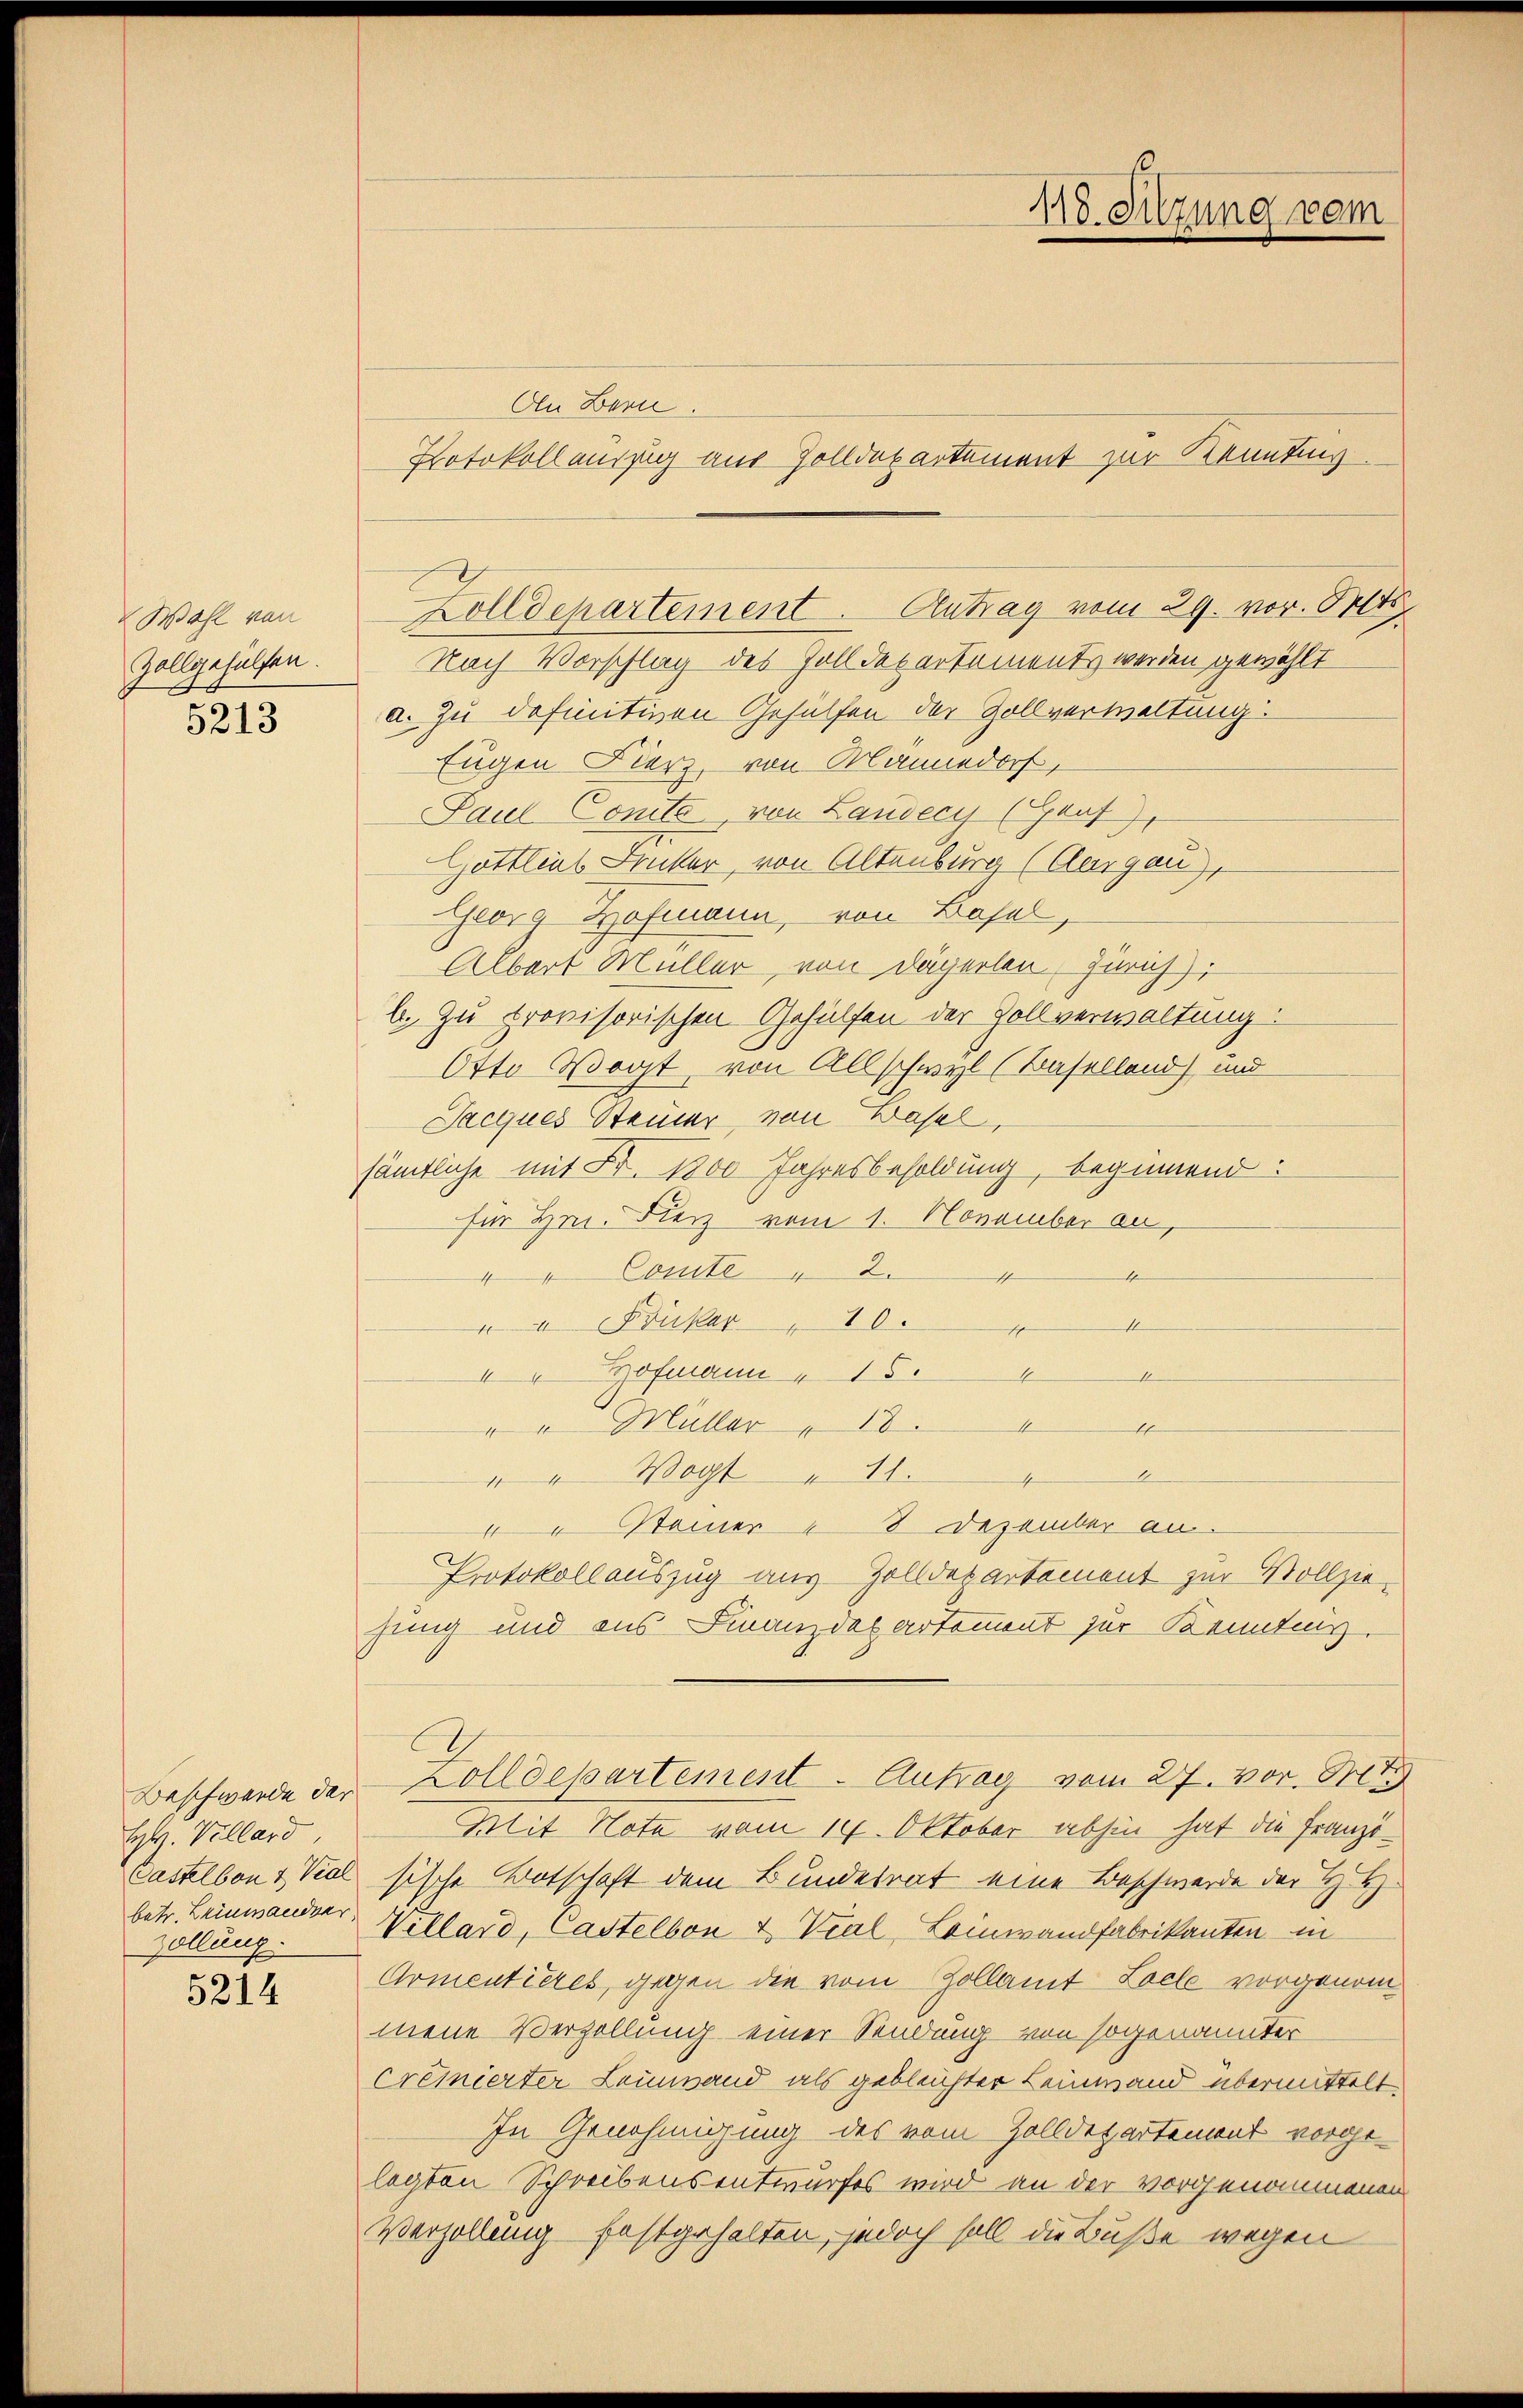
Wahl von
Zollgehülfen.
5213

Beschwerde der
H. Villard
Casselben & Vial
betr. Leinwandner,
Zollung.

5214

An Bern.

Nach Vorschlag des Zolldepartements werden gewählt
a. Zu definitiven Gehülfen der Zollverwaltung.
Eugen Fierz, von Mannedorf,
Paul Conto von Laudecy (Graf,
Gottlias Fricker, von Altenburg (Aargau),
Georg Hofmann, von Basel,
Albert Müller, von Dägerlen, Zürich),
b. Zu trovisorischen Gehülfen der Zollverwaltung.
Otto Vogt, von Allschwyl (Baselland) und
Jacques Steiner, von Basel,
sämtliche mit Fr. 1800 Jahresbesoldung, beginnend:
für Hrn. Fierz vom 1. November an,
4
4 Comite " 24
 I Brucker " 10.
e
4
" Hofmann  154
e
4
"  "  Müller " 18
s
4
" " Wogt" 11.
4
4 Steiner 8 Dezember an.
Protokollauszug aus Zolldepartement zur Vollziehung und aus Finanzdepartement zur Kennting.
Zolldepartement - Antrag vom 27. vor. Mit
Mit Note vom 14. Oktober abhin hat die Franzisische Botschaft dem Bundesrat eine Beschwerde der H. H.
Villard, Castellon & Vial-Leinwandfabrikanton in
Armentieres, gegen die vom Zollamt Loche vorgenommene Verzollung einer Sendung von sogenannter
Cremierter Leinwand als gebleichter Leinwand übermittelt,
In Genehmigung des vom Zolldepartement vorge-
legten Schreibensentwurfes wird an der vorgenommenen
Verzöllung festgehalten, jedoch soll die Buße wegen

Zolldepartement. Antrag vom 29. vor. Mts.

118. Sitzung vom

Protokollauszug aus Zolldepartement zur Kennting